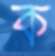
ক